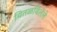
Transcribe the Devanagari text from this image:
वितळविलेले